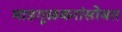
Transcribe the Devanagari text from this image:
माडगूळकरांसोबत